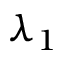
\lambda _ { 1 }